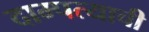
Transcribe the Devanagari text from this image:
दाम्पत्याची